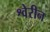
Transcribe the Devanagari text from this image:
श्वेरीन